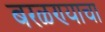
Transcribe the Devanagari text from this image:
बरळण्याचा